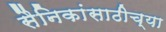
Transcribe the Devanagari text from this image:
सैनिकांसाठीच्या